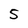
Character: 5